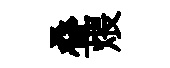
叠煨